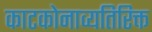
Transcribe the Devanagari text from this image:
काटकोनाव्यतिरिक्त